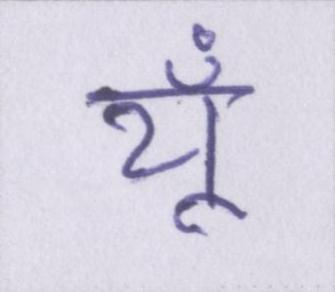
यूँ